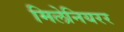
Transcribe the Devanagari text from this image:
मिलेनियरर